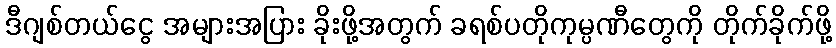
ဒီဂျစ်တယ်ငွေ အများအပြား ခိုးဖို့အတွက် ခရစ်ပတိုကုမ္ပဏီတွေကို တိုက်ခိုက်ဖို့